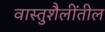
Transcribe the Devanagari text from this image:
वास्तुशैलींतील